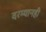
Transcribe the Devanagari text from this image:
दरम्यानही